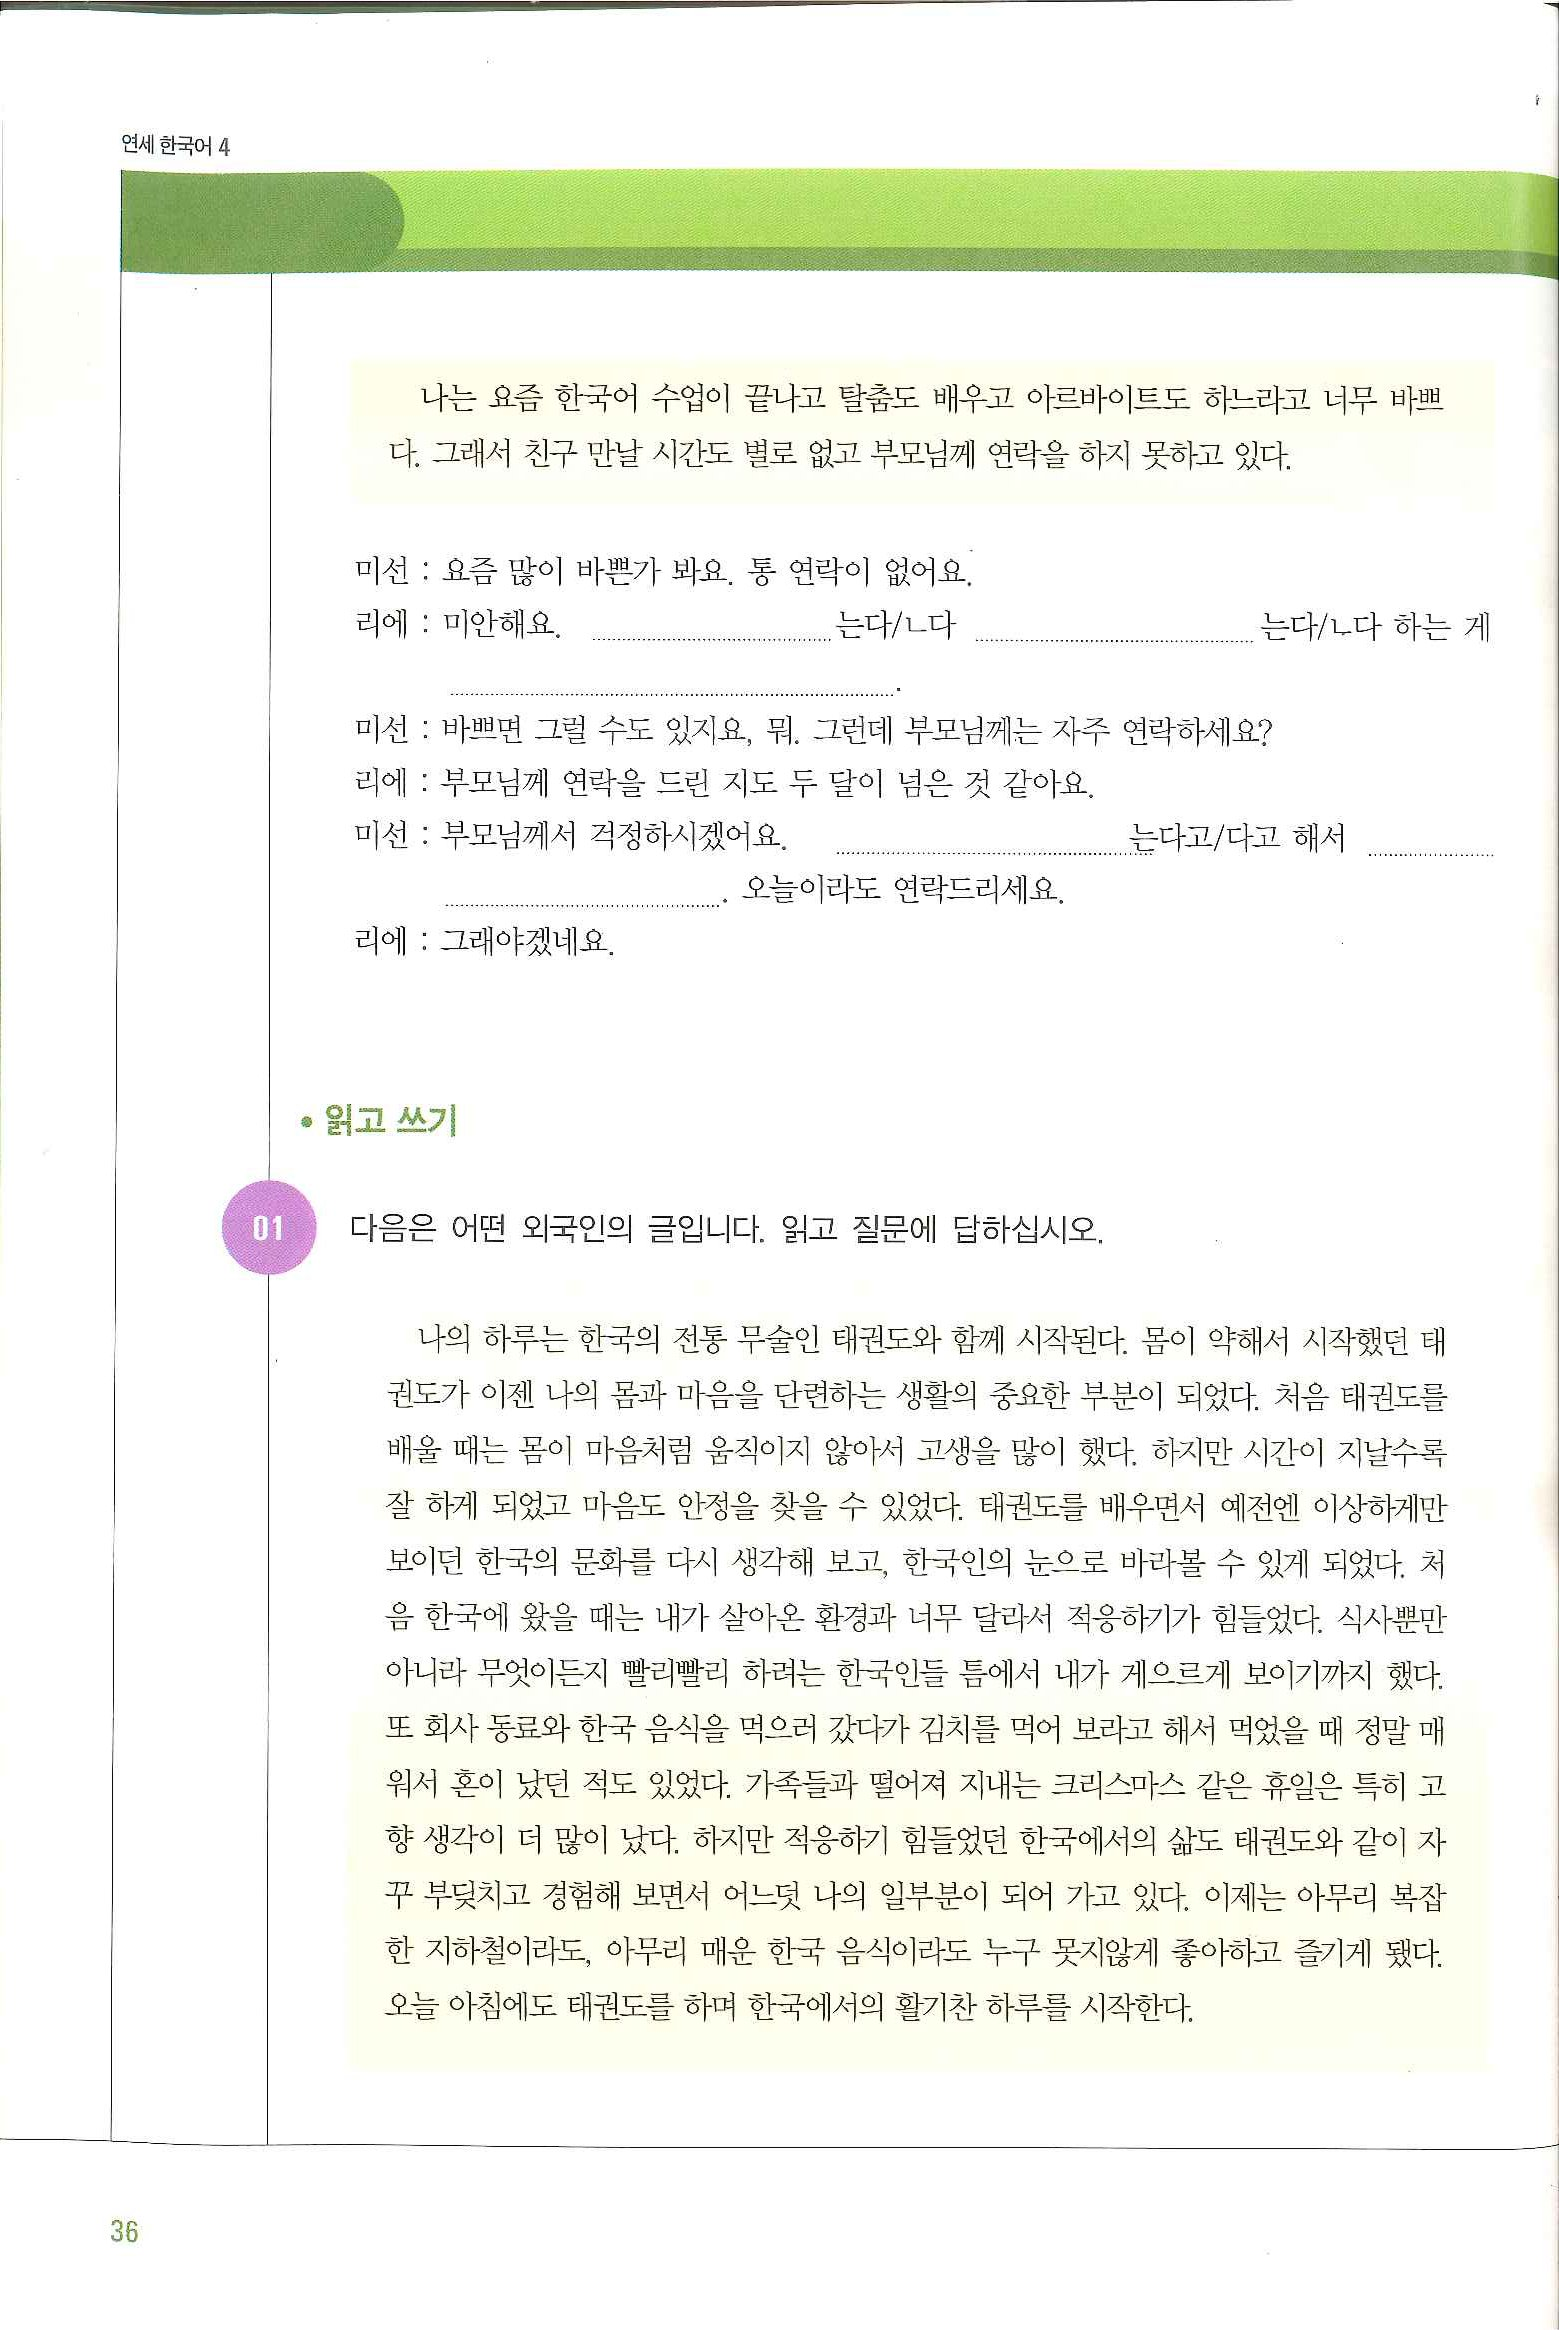
Language: ko